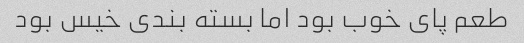
طعم پای خوب بود اما بسته بندی خیس بود